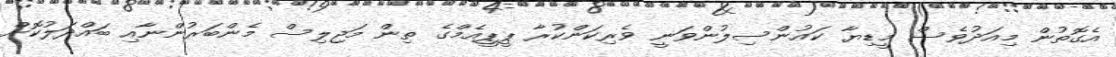
އެގޮތުން މިއަދުވެސް މީޑިޔާ ކައުންސިލުންވަނީ ވެރިކަންކުރާ ޕީޕީއެމްގެ ތިން މަޖިލިސް މެންބަރުންނާއި ބައްދަލުކޮށް